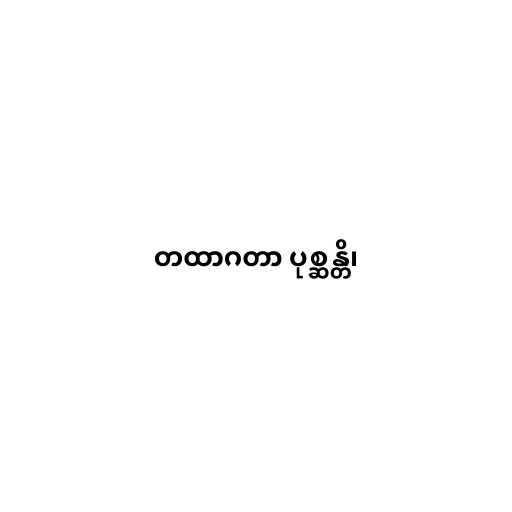
တထာဂတာ ပုစ္ဆန္တိ၊